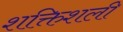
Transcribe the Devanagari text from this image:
शक्तिशली